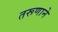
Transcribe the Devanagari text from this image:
तरूणाने